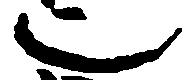
也